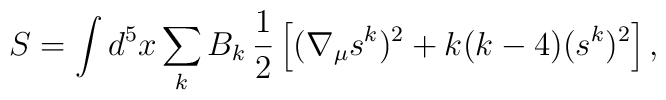
S = \int d^5x \sum_k B_k \,  \frac{1}{2} \left[ (\nabla_\mu s^k)^2 + k(k-4) (s^k)^2 \right],